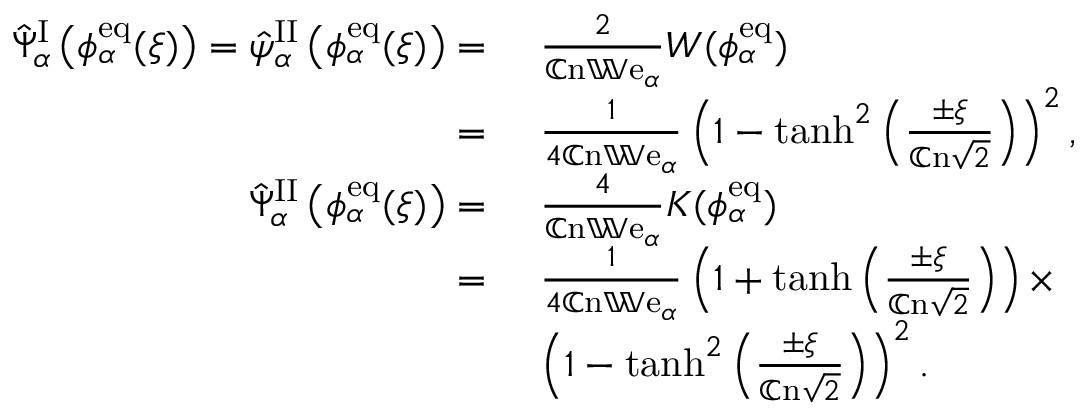
\begin{array} { r l } { \hat { \Psi } _ { \alpha } ^ { \mathrm { I } } \left( \phi _ { \alpha } ^ { \mathrm { e q } } ( \xi ) \right) = \hat { \psi } _ { \alpha } ^ { \mathrm { I I } } \left( \phi _ { \alpha } ^ { \mathrm { e q } } ( \xi ) \right) = } & { ~ \frac { 2 } { \mathbb { C } \mathrm { n } \mathbb { W } \mathrm { e } _ { \alpha } } W ( \phi _ { \alpha } ^ { \mathrm { e q } } ) } \\ { = } & { ~ \frac { 1 } { 4 \mathbb { C } \mathrm { n } \mathbb { W } \mathrm { e } _ { \alpha } } \left( 1 - \operatorname { t a n h } ^ { 2 } \left( \frac { \pm \xi } { \mathbb { C } \mathrm { n } \sqrt { 2 } } \right) \right) ^ { 2 } , } \\ { \hat { \Psi } _ { \alpha } ^ { \mathrm { I I } } \left( \phi _ { \alpha } ^ { \mathrm { e q } } ( \xi ) \right) = } & { ~ \frac { 4 } { \mathbb { C } \mathrm { n } \mathbb { W } \mathrm { e } _ { \alpha } } K ( \phi _ { \alpha } ^ { \mathrm { e q } } ) } \\ { = } & { ~ \frac { 1 } { 4 \mathbb { C } \mathrm { n } \mathbb { W } \mathrm { e } _ { \alpha } } \left( 1 + \operatorname { t a n h } \left( \frac { \pm \xi } { \mathbb { C } \mathrm { n } \sqrt { 2 } } \right) \right) \times } \\ & { ~ \left( 1 - \operatorname { t a n h } ^ { 2 } \left( \frac { \pm \xi } { \mathbb { C } \mathrm { n } \sqrt { 2 } } \right) \right) ^ { 2 } . } \end{array}